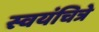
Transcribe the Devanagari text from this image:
स्वयंचित्रे